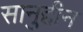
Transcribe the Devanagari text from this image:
सानुद्दीन